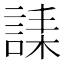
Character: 䛶